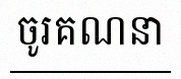
ចូរគណនា